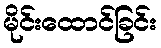
မိုင်းထောင်ခြင်း